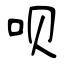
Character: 呗